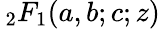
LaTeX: \, _{2}F_{1}(a,b;c;z)